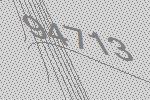
94713